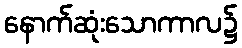
နောက်ဆုံးသောကာလ၌